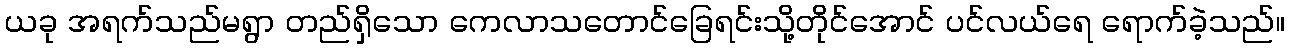
ယခု အရက်သည်မရွာ တည်ရှိသော ကေလာသတောင်ခြေရင်းသို့တိုင်အောင် ပင်လယ်ရေ ရောက်ခဲ့သည်။